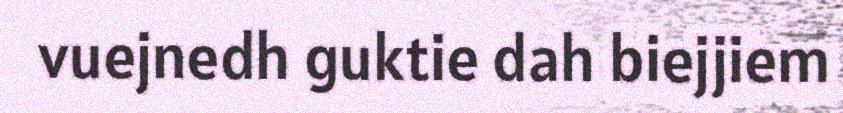
vuejnedh guktie dah biejjiem